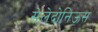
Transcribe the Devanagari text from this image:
सेलेदोनिऊस